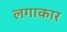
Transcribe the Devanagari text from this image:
लगाकार